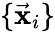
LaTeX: \{ \vec{\mathbf x}_{i}\}